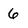
Character: 6